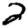
Digit: 2